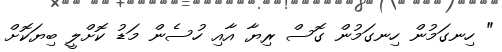
" ހިނގަމުން ހިނގަމުން ގޮސް ރިޔާ އާއި ހުސެން މަޑު ކޮށްލީ ބިޔަކޮށް